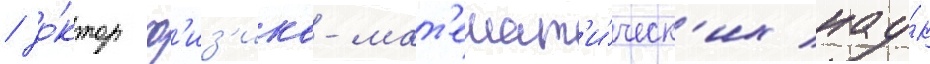
/ до́ктор ф'из'ико-мат'емат'и́ческ'их нау́к